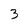
Character: 3